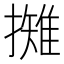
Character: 𢶾